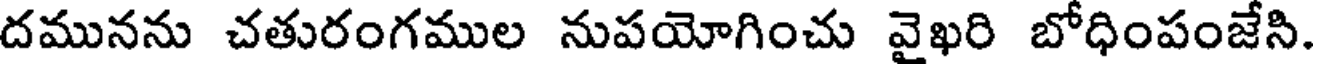
దమునను చతురంగముల నుపయోగించు వైఖరి బోధింపంజేసి.